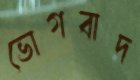
ভোগবাদ